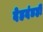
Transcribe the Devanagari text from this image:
देहदंडही